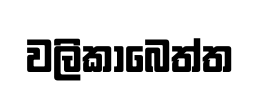
වලිකාබෙත්ත